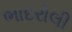
ભાદરોલી